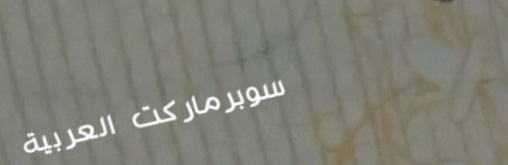
سوبرماركت العربية